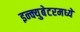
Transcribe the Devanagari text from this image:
इन्क्युबेटरमध्ये